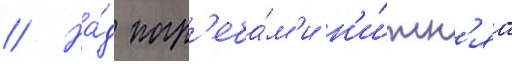
// На́д погр'еба́м'и н'и́жн'яа